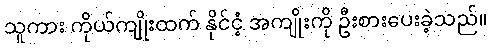
သူကား ကိုယ်ကျိုးထက် နိုင်ငံ့ အကျိုးကို ဦးစားပေးခဲ့သည်။